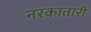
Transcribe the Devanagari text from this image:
नरकातारी